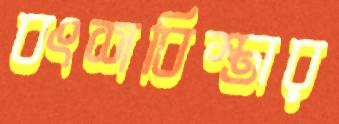
বংশবিস্তার